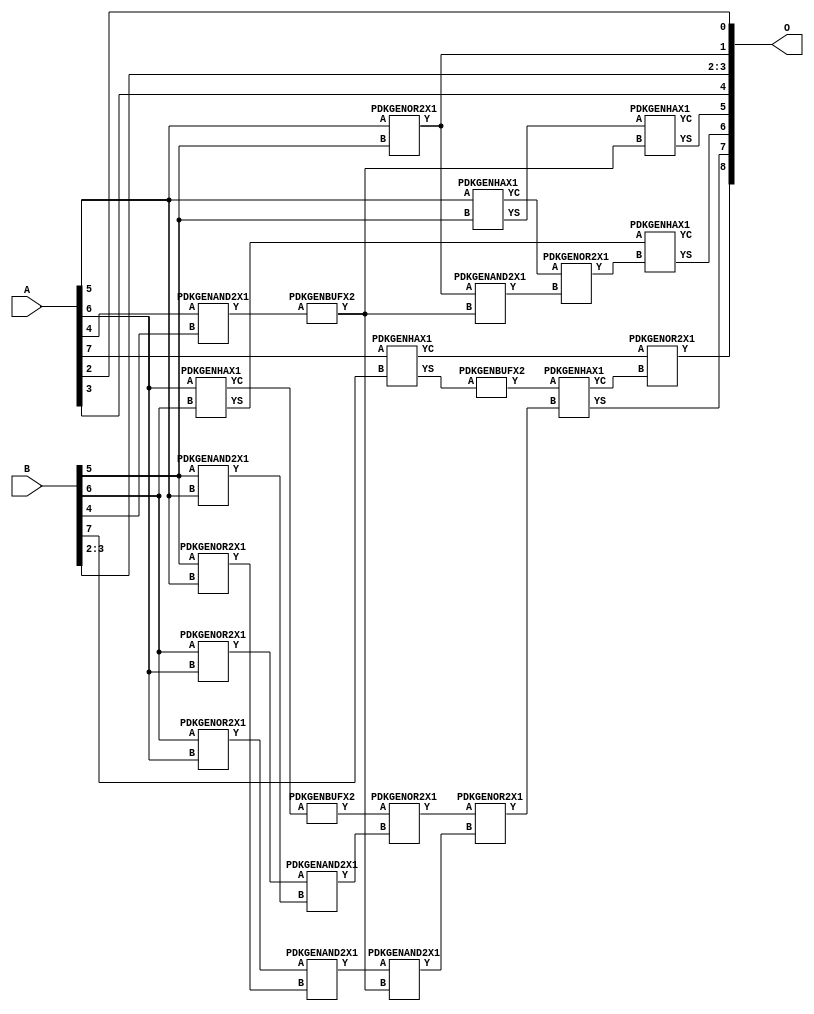
// Library = EvoApprox8b
// Circuit = add8_419
// Area   (180) = 1000
// Delay  (180) = 0.700
// Power  (180) = 286.60
// Area   (45) = 68
// Delay  (45) = 0.300
// Power  (45) = 23.30
// Nodes = 23
// HD = 192640
// MAE = 9.55078
// MSE = 134.50000
// MRE = 5.16 %
// WCE = 25
// WCRE = 100 %
// EP = 97.7 %

module add8_419(A, B, O);
  input [7:0] A;
  input [7:0] B;
  output [8:0] O;
  wire [2031:0] N;

  assign N[0] = A[0];
  assign N[1] = A[0];
  assign N[2] = A[1];
  assign N[3] = A[1];
  assign N[4] = A[2];
  assign N[5] = A[2];
  assign N[6] = A[3];
  assign N[7] = A[3];
  assign N[8] = A[4];
  assign N[9] = A[4];
  assign N[10] = A[5];
  assign N[11] = A[5];
  assign N[12] = A[6];
  assign N[13] = A[6];
  assign N[14] = A[7];
  assign N[15] = A[7];
  assign N[16] = B[0];
  assign N[17] = B[0];
  assign N[18] = B[1];
  assign N[19] = B[1];
  assign N[20] = B[2];
  assign N[21] = B[2];
  assign N[22] = B[3];
  assign N[23] = B[3];
  assign N[24] = B[4];
  assign N[25] = B[4];
  assign N[26] = B[5];
  assign N[27] = B[5];
  assign N[28] = B[6];
  assign N[29] = B[6];
  assign N[30] = B[7];
  assign N[31] = B[7];

  PDKGENOR2X1 n38(.A(N[10]), .B(N[26]), .Y(N[38]));
  assign N[39] = N[38];
  PDKGENOR2X1 n42(.A(N[28]), .B(N[12]), .Y(N[42]));
  assign N[43] = N[42];
  PDKGENOR2X1 n44(.A(N[28]), .B(N[12]), .Y(N[44]));
  PDKGENAND2X1 n46(.A(N[26]), .B(N[10]), .Y(N[46]));
  PDKGENAND2X1 n68(.A(N[8]), .B(N[24]), .Y(N[68]));
  PDKGENHAX1 n78(.A(N[10]), .B(N[26]), .YS(N[78]), .YC(N[79]));
  PDKGENHAX1 n86(.A(N[12]), .B(N[28]), .YS(N[86]), .YC(N[87]));
  PDKGENHAX1 n96(.A(N[14]), .B(N[30]), .YS(N[96]), .YC(N[97]));
  PDKGENOR2X1 n134(.A(N[26]), .B(N[10]), .Y(N[134]));
  assign N[135] = N[134];
  PDKGENBUFX2 n142(.A(N[87]), .Y(N[142]));
  assign N[143] = N[142];
  PDKGENBUFX2 n152(.A(N[68]), .Y(N[152]));
  assign N[153] = N[152];
  PDKGENBUFX2 n160(.A(N[96]), .Y(N[160]));
  assign N[161] = N[160];
  PDKGENAND2X1 n162(.A(N[43]), .B(N[46]), .Y(N[162]));
  PDKGENAND2X1 n170(.A(N[44]), .B(N[135]), .Y(N[170]));
  PDKGENOR2X1 n180(.A(N[143]), .B(N[162]), .Y(N[180]));
  PDKGENAND2X1 n226(.A(N[39]), .B(N[152]), .Y(N[226]));
  PDKGENOR2X1 n244(.A(N[79]), .B(N[226]), .Y(N[244]));
  assign N[245] = N[244];
  PDKGENAND2X1 n254(.A(N[170]), .B(N[153]), .Y(N[254]));
  PDKGENOR2X1 n272(.A(N[180]), .B(N[254]), .Y(N[272]));
  assign N[273] = N[272];
  PDKGENHAX1 n394(.A(N[78]), .B(N[152]), .YS(N[394]), .YC(N[395]));
  PDKGENHAX1 n404(.A(N[86]), .B(N[245]), .YS(N[404]), .YC(N[405]));
  PDKGENHAX1 n412(.A(N[161]), .B(N[273]), .YS(N[412]), .YC(N[413]));
  PDKGENOR2X1 n422(.A(N[97]), .B(N[413]), .Y(N[422]));

  assign O[0] = N[4];
  assign O[1] = N[39];
  assign O[2] = N[20];
  assign O[3] = N[22];
  assign O[4] = N[6];
  assign O[5] = N[394];
  assign O[6] = N[404];
  assign O[7] = N[412];
  assign O[8] = N[422];

endmodule
/* mod */
module PDKGENHAX1( input A, input B, output YS, output YC );
    assign YS = A ^ B;
    assign YC = A & B;
endmodule
/* mod */
module PDKGENOR2X1(input A, input B, output Y );
     assign Y = A | B;
endmodule
/* mod */
module PDKGENAND2X1(input A, input B, output Y );
     assign Y = A & B;
endmodule
/* mod */
module PDKGENBUFX2(input A, output Y );
     assign Y = A;
endmodule